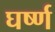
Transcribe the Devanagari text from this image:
घर्ष्ण